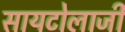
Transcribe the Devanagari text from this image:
सायटोलाजी